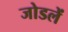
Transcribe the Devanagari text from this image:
जोडलें